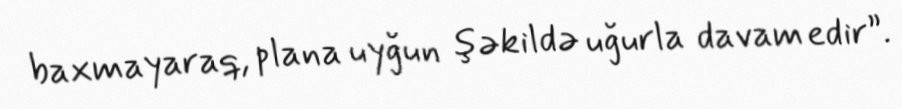
baxmayaraq, plana uyğun şəkildə uğurla davam edir”.